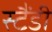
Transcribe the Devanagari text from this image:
स्टैंडी